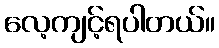
လေ့ကျင့်ရပါတယ်။